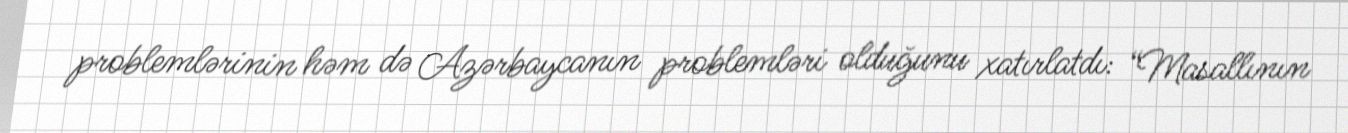
problemlərinin həm də Azərbaycanın problemləri olduğunu xatırlatdı: “Masallının